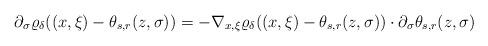
LaTeX: \begin{align*}\partial_\sigma\varrho_\delta((x,\xi)-\theta_{s,r}(z,\sigma))=-\nabla_{x,\xi}\varrho_\delta((x,\xi)-\theta_{s,r}(z,\sigma))\cdot\partial_\sigma\theta_{s,r}(z,\sigma)\end{align*}